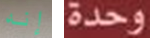
إنه وحدة